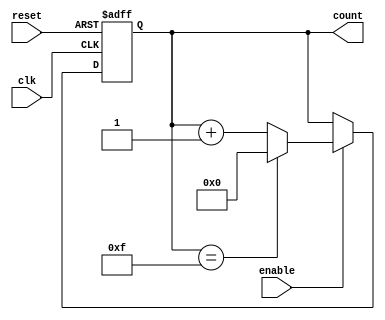
module async_counter (
    input wire enable,      // Enable signal to increment the counter
    input wire reset,       // Asynchronous reset signal
    input wire clk,         // Clock signal for simulation purposes (not used in counting)
    output reg [3:0] count  // 4-bit counter output
);

// Asynchronous reset and counting logic
always @(posedge clk or posedge reset) begin
    if (reset) begin
        count <= 4'b0000; // Reset counter to 0
    end else if (enable) begin
        count <= count + 1; // Increment counter
        if (count == 4'b1111) begin
            count <= 4'b0000; // Wrap around to 0 after reaching 15
        end
    end
end

endmodule